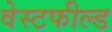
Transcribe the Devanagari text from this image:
वेस्टफील्ड